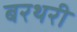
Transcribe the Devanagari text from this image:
बरथरी